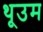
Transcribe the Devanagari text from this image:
थूउम